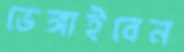
ভেঙ্গাইবেন